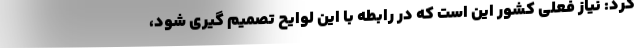
کرد: نیاز فعلی کشور این است که در رابطه با این لوایح تصمیم گیری شود،